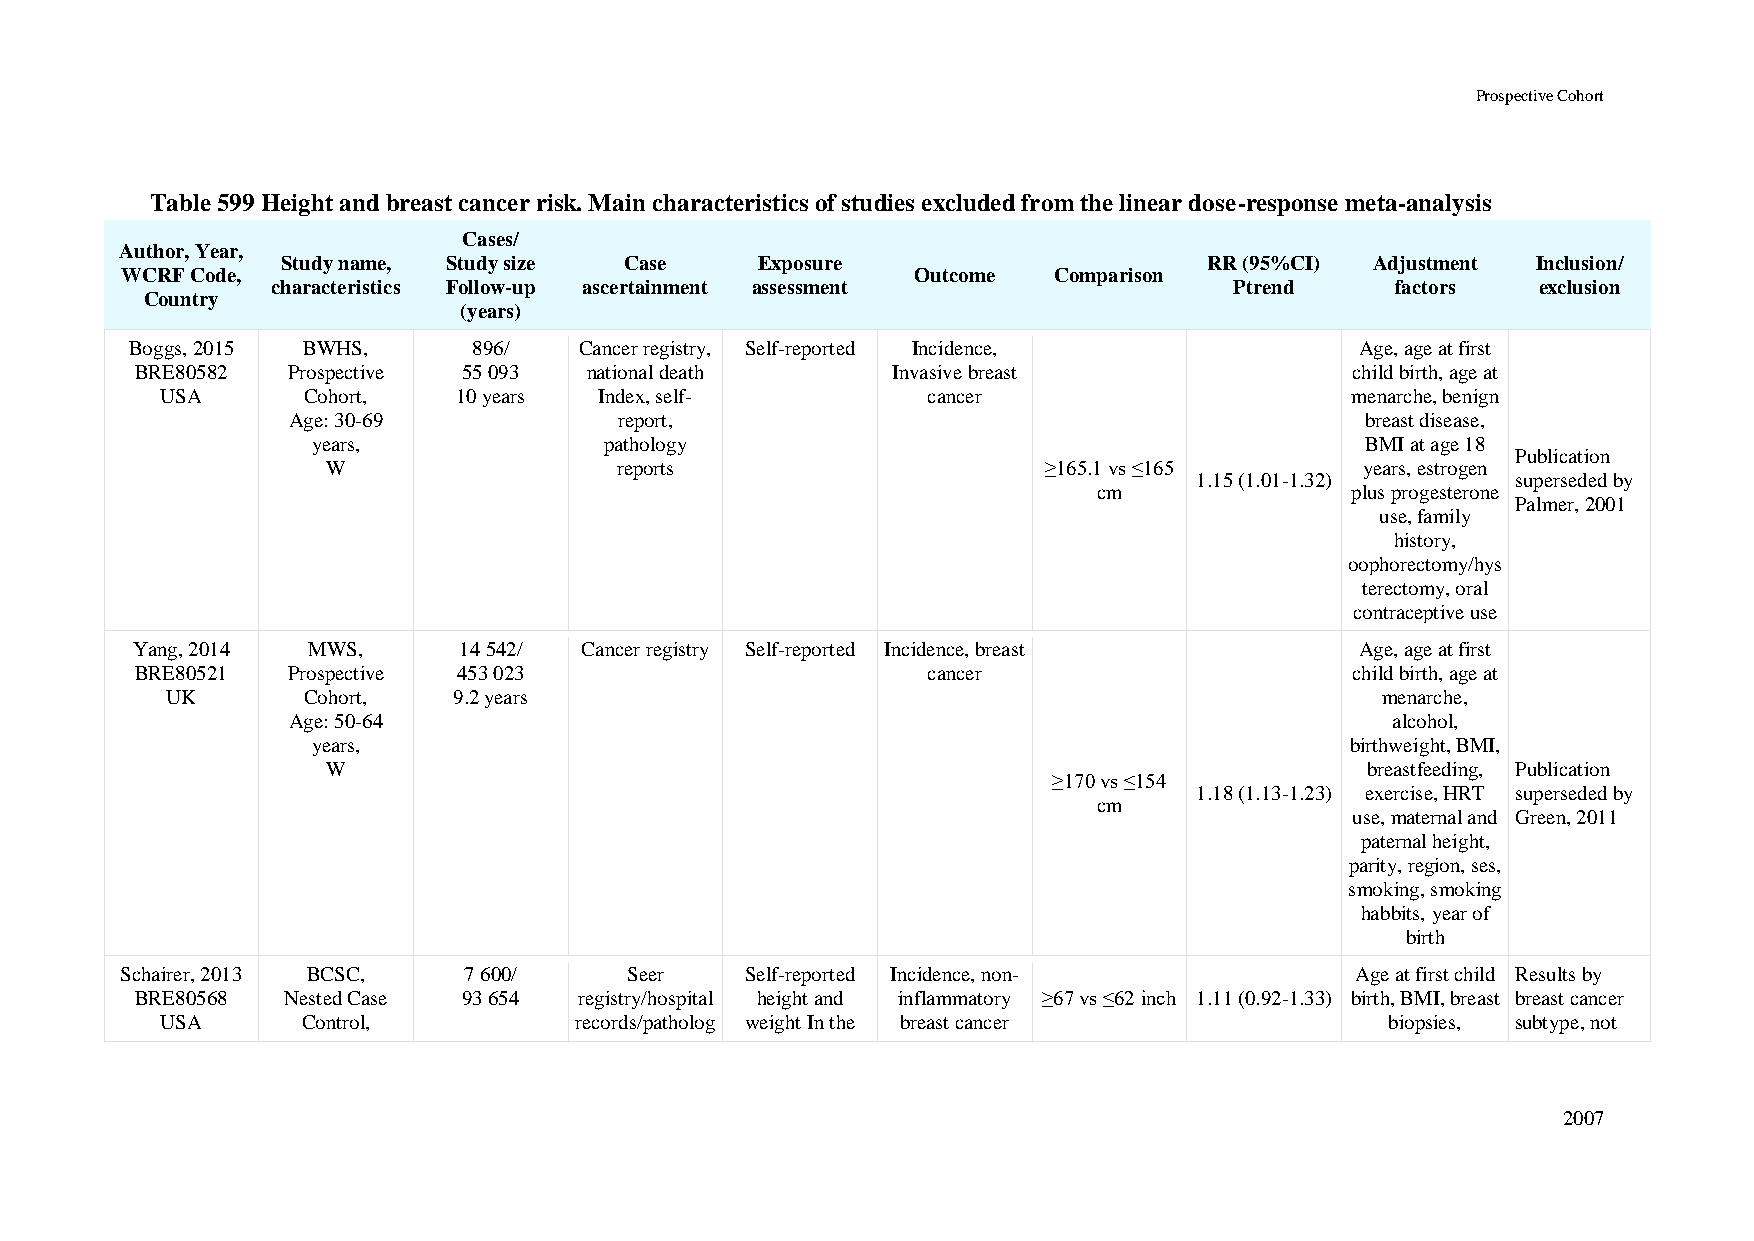
Prospective Cohort
 Table 599 Height and breast cancer risk. Main characteristics of studies excluded from the linear dose-response meta-analysis
 Cases/
 Author, Year,
 Study name, Study size Case    Exposure                      RR (95%CI) Adjustment Inclusion/
 WCRF Code,                                           Outcome  Comparison
 characteristics Follow-up ascertainment assessment              Ptrend    factors   exclusion
 Country
 (years)
 Boggs, 2015 BWHS,     896/   Cancer registry, Self-reported Incidence,           Age, age at first
 BRE80582  Prospective 55 093  national death      Invasive breast                child birth, age at
 USA      Cohort,   10 years  Index, self-         cancer                      menarche, benign
 Age: 30-69            report,                                          breast disease,
 years,             pathology                                         BMI at age 18
 Publication
 W                  reports                     ≥165.1 vs ≤165       years, estrogen
 1.15 (1.01-1.32)     superseded by
 cm              plus progesterone
 Palmer, 2001
 use, family
 history,
 oophorectomy/hys
 terectomy, oral
 contraceptive use
 Yang, 2014 MWS,      14 542/ Cancer registry Self-reported Incidence, breast     Age, age at first
 BRE80521  Prospective 453 023                       cancer                       child birth, age at
 UK       Cohort,   9.2 years                                                    menarche,
 Age: 50-64                                                               alcohol,
 years,                                                              birthweight, BMI,
 W                                                                   breastfeeding, Publication
 ≥170 vs ≤154
 1.18 (1.13-1.23) exercise, HRT superseded by
 cm
 use, maternal and Green, 2011
 paternal height,
 parity, region, ses,
 smoking, smoking
 habbits, year of
 birth
 Schairer, 2013 BCSC,   7 600/     Seer   Self-reported Incidence, non-            Age at first child Results by
 BRE80568  Nested Case 93 654 registry/hospital height and inflammatory ≥67 vs ≤62 inch 1.11 (0.92-1.33) birth, BMI, breast breast cancer
 USA      Control,          records/patholog weight In the breast cancer          biopsies, subtype, not
 2007